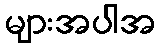
များအပါအ